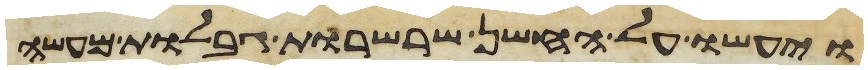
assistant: ויעשו על החשן שרשרות גבלות מעשה